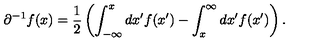
\partial ^ { - 1 } f ( x ) = \frac { 1 } { 2 } \left( \int _ { - \infty } ^ { x } d x ^ { \prime } f ( x ^ { \prime } ) - \int _ { x } ^ { \infty } d x ^ { \prime } f ( x ^ { \prime } ) \right) .